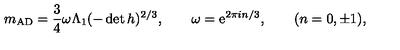
m _ { \mathrm { A D } } = \frac 3 4 \omega \Lambda _ { 1 } ( - \det h ) ^ { 2 / 3 } , \qquad \omega = \mathrm { e } ^ { 2 \pi i n / 3 } , \qquad ( n = 0 , \pm 1 ) ,